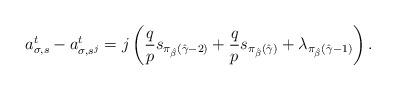
LaTeX: \begin{align*} a^t_{\sigma,s}-a^t_{\sigma,s^j}=j\left(\frac{q}{p}s_{\pi_{\hat{\beta}}(\hat{\gamma}-2)}+\frac{q}{p}s_{\pi_{\hat{\beta}}(\hat{\gamma})}+\lambda_{\pi_{\hat{\beta}}(\hat{\gamma}-1)} \right).\end{align*}